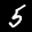
Label: 5